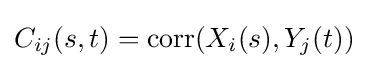
C_{ij}(s,t)=\operatorname {corr} (X_{i}(s),Y_{j}(t))